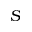
S